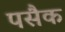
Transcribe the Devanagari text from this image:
पसैक